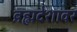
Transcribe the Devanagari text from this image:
ब्रह्मदेशावर